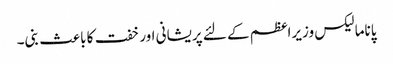
پاناما لیکس وزیراعظم کے لئے پریشانی اور خفت کا باعث بنی۔